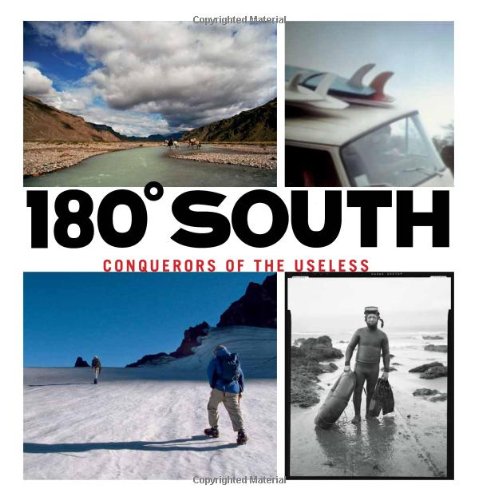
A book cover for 180 South: Conquerors of the Useless; Chris Malloy; Travel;